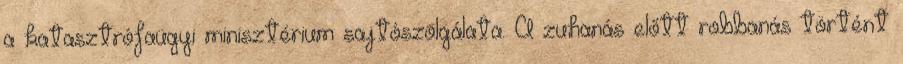
a katasztrófaügyi minisztérium sajtószolgálata. A zuhanás előtt robbanás történt